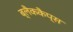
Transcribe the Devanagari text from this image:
ब्लैककैप्स